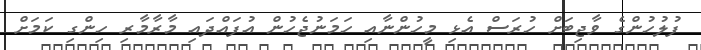
ފުލުހުންގެ ވާޖިބަށް ހުރަސް އެޅި މީހުންނާއި ހަމަނުޖެހުން އުފައްދައި މާރާމާރި ހިންގި ކަމަށް